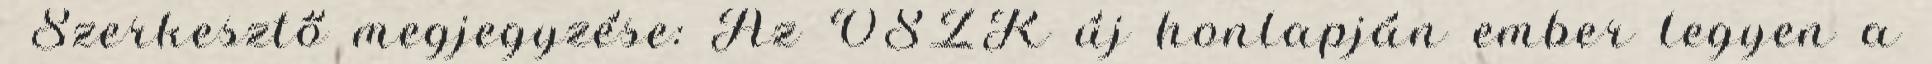
Szerkesztő megjegyzése: Az OSZK új honlapján ember legyen a